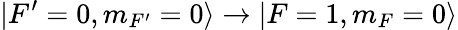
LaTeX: |F^{\prime}=0,m_{F^{\prime}}=0\rangle\rightarrow|F=1,m_{F}=0\rangle